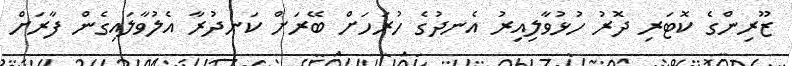
ޒޫރިންގެ ކޮޓަރި ދޮރު ހުޅުވާލިއިރު އެނދުގެ ހުރަހަށް ބޭރަށް ކަނދުރާ އެލުވާލައިގެން ފާރަށް